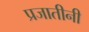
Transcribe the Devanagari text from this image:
प्रजातीनी